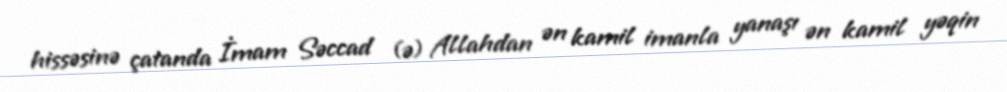
hissəsinə çatanda İmam Səccad (ə) Allahdan ən kamil imanla yanaşı ən kamil yəqin